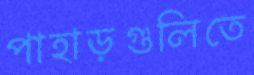
পাহাড়গুলিতে